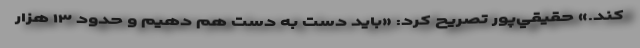
كند.» حقيقي‌پور تصريح كرد: «بايد دست به دست هم دهيم و حدود ۱۳ هزار